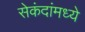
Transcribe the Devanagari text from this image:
सेकंदांमध्ये